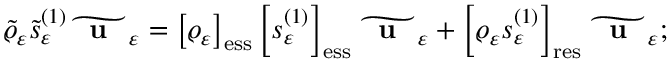
\widetilde { \varrho } _ { \varepsilon } \widetilde { s } _ { \varepsilon } ^ { ( 1 ) } \widetilde { \textbf { \textup { u } } } _ { \varepsilon } = \left[ \varrho _ { \varepsilon } \right] _ { \mathrm { e s s } } \left[ s _ { \varepsilon } ^ { ( 1 ) } \right] _ { \mathrm { e s s } } \widetilde { \textbf { \textup { u } } } _ { \varepsilon } + \left[ \varrho _ { \varepsilon } s _ { \varepsilon } ^ { ( 1 ) } \right] _ { \mathrm { r e s } } \widetilde { \textbf { \textup { u } } } _ { \varepsilon } ;